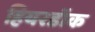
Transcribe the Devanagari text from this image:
हियरडॉक